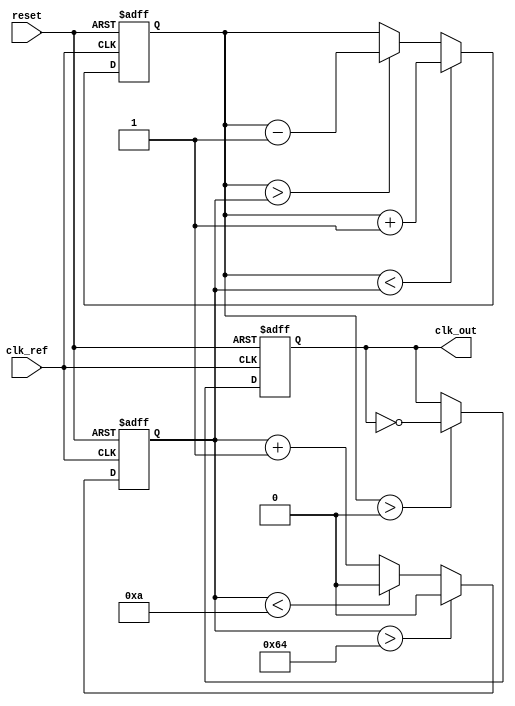
module type2_PLL (
    input wire clk_ref,           // Reference clock input
    input wire reset,             // Asynchronous reset
    output reg clk_out            // Output clock
);

// Parameters
parameter VCO_MAX_FREQ = 100;   // Maximum frequency of VCO
parameter VCO_MIN_FREQ = 10;     // Minimum frequency of VCO
parameter LOOP_FILTER_GAIN = 1;  // Gain of the loop filter

// Internal signals
reg [7:0] vco_freq;              // VCO frequency control
reg feedback_clk;                // Feedback clock signal
reg phase_error;                 // Phase error signal
reg control_voltage;             // Control voltage from loop filter

// Phase Detector (PD)
always @(posedge clk_ref or posedge reset) begin
    if (reset) begin
        phase_error <= 0;
    end else begin
        // Simple XOR phase detector implementation
        phase_error <= feedback_clk ^ clk_ref; // Phase error signal
    end
end

// Loop Filter (LF)
always @(posedge clk_ref or posedge reset) begin
    if (reset) begin
        control_voltage <= 0;
    end else begin
        // Simple proportional control filter
        control_voltage <= control_voltage + (phase_error ? LOOP_FILTER_GAIN : -LOOP_FILTER_GAIN);
        // Clamp control voltage to VCO frequency limits
        if (control_voltage > VCO_MAX_FREQ)
            control_voltage <= VCO_MAX_FREQ;
        else if (control_voltage < VCO_MIN_FREQ)
            control_voltage <= VCO_MIN_FREQ;
    end
end

// Voltage-Controlled Oscillator (VCO)
always @(posedge clk_ref or posedge reset) begin
    if (reset) begin
        vco_freq <= VCO_MIN_FREQ; // Initialize to minimum frequency
        clk_out <= 0;
    end else begin
        // Output clock generation based on control voltage
        if (vco_freq < control_voltage) begin
            vco_freq <= vco_freq + 1; // Increase frequency
        end else if (vco_freq > control_voltage) begin
            vco_freq <= vco_freq - 1; // Decrease frequency
        end
        
        // Generating output clock based on VCO frequency
        if (vco_freq > 0) begin
            clk_out <= ~clk_out; // Toggle output clock
        end
    end
end

// Feedback Path (simulated)
always @(posedge clk_out or posedge reset) begin
    if (reset) begin
        feedback_clk <= 0;
    end else begin
        feedback_clk <= clk_out; // Feedback output clock for phase detector
    end
end

endmodule